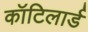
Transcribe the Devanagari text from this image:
कॉटिलार्ड